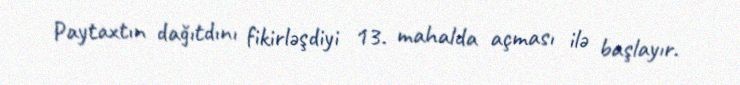
Paytaxtın dağıtdını fikirləşdiyi 13. mahalda açması ilə başlayır.